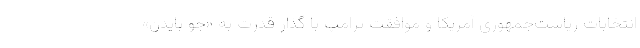
انتخابات ریاست‌جمهوری آمریکا و موافقت ترامپ با گذار قدرت به «جو بایدن»